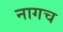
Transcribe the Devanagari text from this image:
नागच